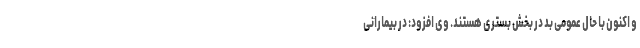
و اکنون با حال عمومی بد در بخش بستری هستند. وی افزود: در بیمارانی